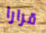
قرارا